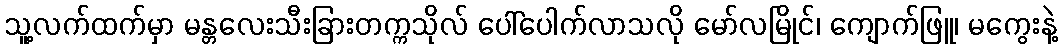
သူ့လက်ထက်မှာ မန္တလေးသီးခြားတက္ကသိုလ် ပေါ်ပေါက်လာသလို မော်လမြိုင်၊ ကျောက်ဖြူ၊ မကွေးနဲ့